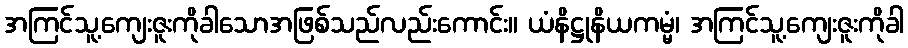
အကြင်သူ့ကျေးဇူးကိုခါသောအဖြစ်သည်လည်းကောင်း။ ယံနိဋ္ဌုနိယကမ္မံ၊ အကြင်သူ့ကျေးဇူးကိုခါ